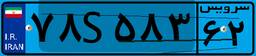
۷۸S۵۸۳۶۲